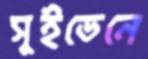
সুইডেনে